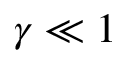
\gamma \ll 1